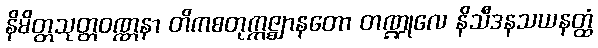
နိမိတ္တသုတ္တဝဏ္ဏနာ တိကစတုက္ကဇ္ဈာနတော တဏ္ဍုလေ နိသီဒနသယနတ္ထံ